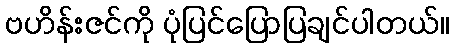
ဗဟိန်းဇင်ကို ပုံပြင်ပြောပြချင်ပါတယ်။